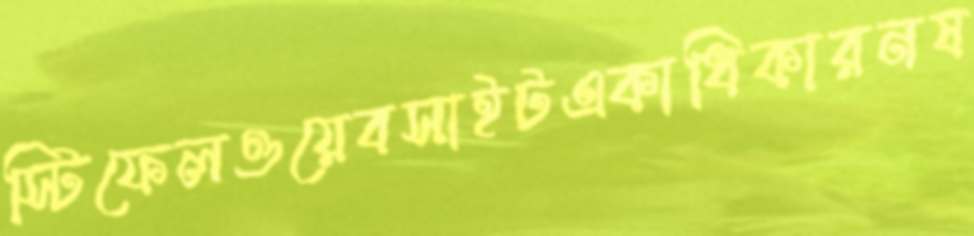
স্টিফেলওয়েবসাইটএকাধিকারনষ